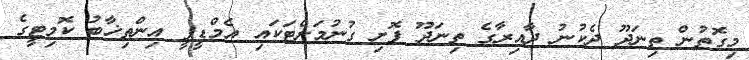
މިގޮތުން ތިނަދޫ ދެކުނު ދާއިރާގެ ތިނަދޫ ފޮށި ގުނުމަށްޓަކައި އެމްޑީޕީ އިންތިޚާބު ކޮމިޓީގެ